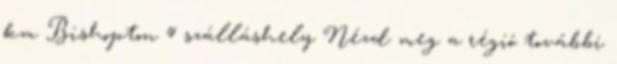
km Bishopton 4 szálláshely Nézd meg a régió további